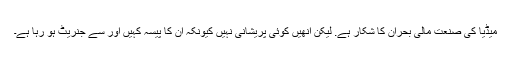
میڈیا کی صنعت مالی بحران کا شکار ہے. لیکن انھیں کوئی پریشانی نہیں کیونکہ ان کا پیسہ کہیں اور سے جنریٹ ہو رہا ہے۔